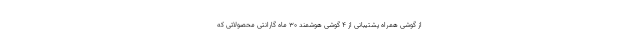
از گوشی همراه پشتیبانی از 4 گوشی هوشمند 30 ماه گارانتی محصولاتی که